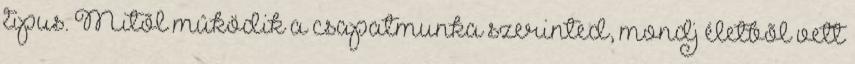
tipus. Mitõl mûködik a csapatmunka szerinted, mondj életbõl vett